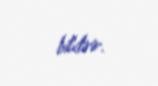
bildirir.